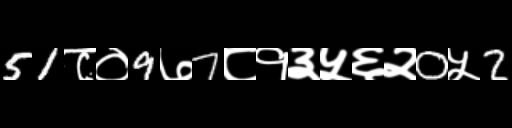
Text: 51८०9७7८१३५६२0५2